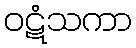
ဝဋံသကာ